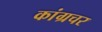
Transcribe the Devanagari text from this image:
कांग्रचर